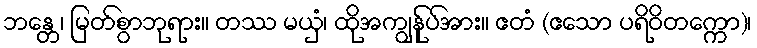
ဘန္တေ၊ မြတ်စွာဘုရား။ တဿ မယှံ၊ ထိုအကျွန်ုပ်အား။ ဧတံ (ဧသော ပရိဝိတက္ကော)၊